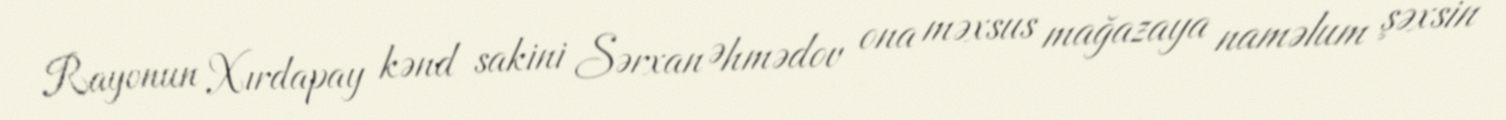
Rayonun Xırdapay kənd sakini Sərxan Əhmədov ona məxsus mağazaya naməlum şəxsin